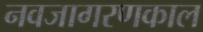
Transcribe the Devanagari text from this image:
नवजागरणकाल